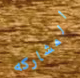
المشاركه